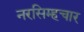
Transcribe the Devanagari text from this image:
नरसिम्हचार